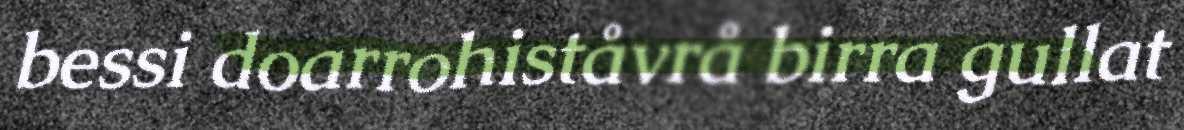
bessi doarrohiståvrå birra gullat